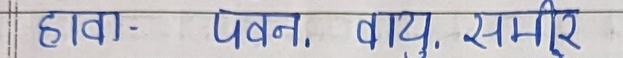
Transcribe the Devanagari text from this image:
हावा- पवन, वायु, समीर